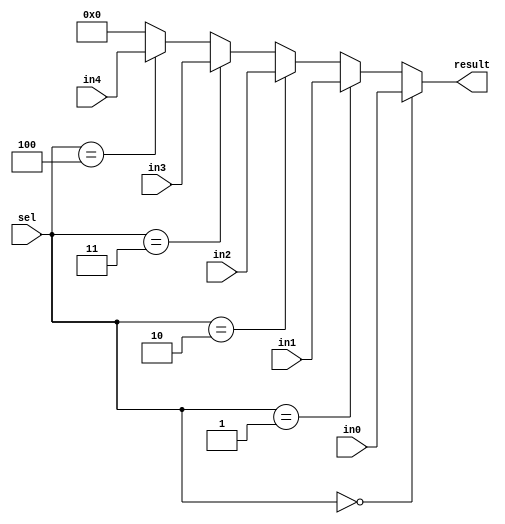
module mux_5_1
#(
	parameter data_width = 32
)
(
	input	[data_width-1:0] in0,
	input	[data_width-1:0] in1,
	input	[data_width-1:0] in2,
	input	[data_width-1:0] in3,
	input	[data_width-1:0] in4,
	input	[2:0] sel,
	output	[data_width-1:0] result
);
	assign result = (sel==3'b000) ? in0 :
					(sel==3'b001) ? in1 :
					(sel==3'b010) ? in2 :
					(sel==3'b011) ? in3 :
					(sel==3'b100) ? in4 : {data_width{1'b0}};
endmodule